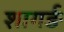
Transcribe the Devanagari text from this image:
शागर्ङ